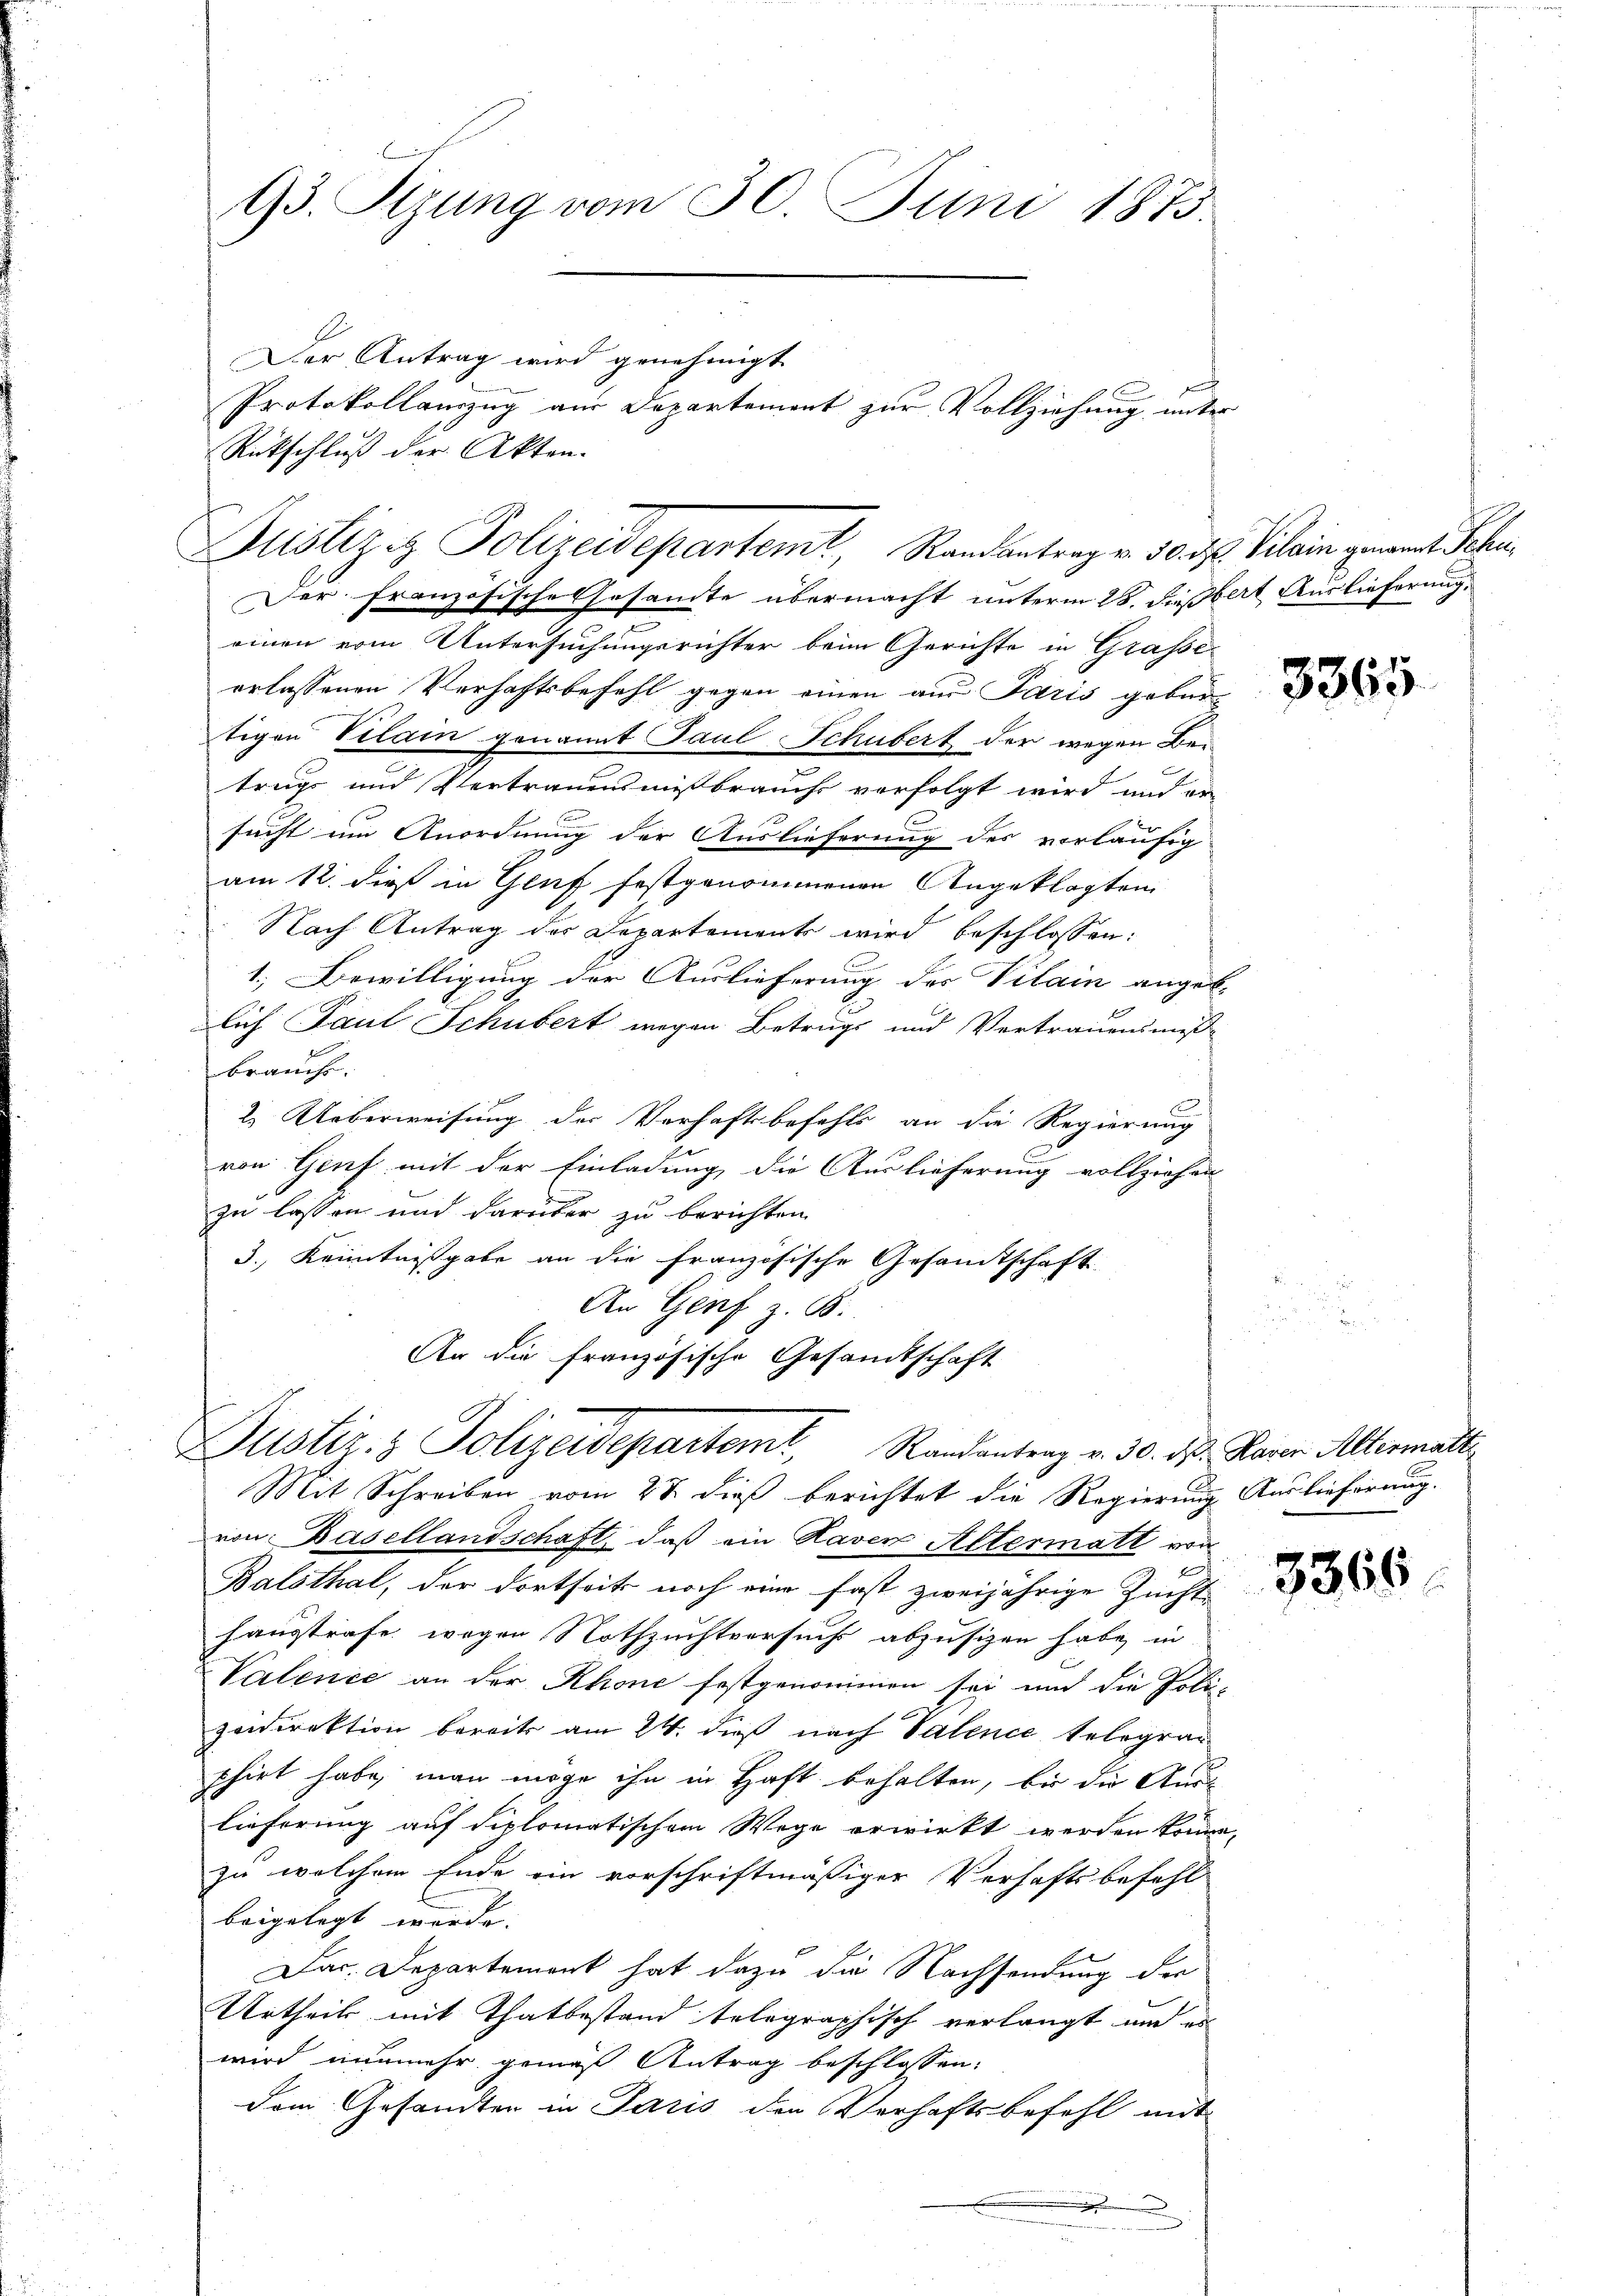
93. Sizung vom 30. Juni 1873.

Der Antrag wird genehmigt
Rückschluß der Akten.
Der französische Gesamte übermacht unterm 28. dießblit Auslieferung.
einen vom Untersuchungsrichter beim Gerichte in Grafse-
erlassenen Verhaftsbefehl gegen einen aus Paris gebür-
tigen Vilain genannt Paul Schubert der wegen Betrugs und Vertrauensmißbrauchs vorfolgt wird und er-
.
sucht im Anordnung der Auslieferung des vorläufig
am 12. dieß in Genf festgenommenen Angeklagten
Nach Antrag des Departements wird beschlossen:
1.; Bewilligung der Auslieferung des Vilain ange-
l
lich Paul Schubert wegen Betrugs und Vertrauensmis-
braucht.
2. Ueberweisung des Verhaftsbefehls an die Regierung
von Genf mit der Einladung die Auslieferung vollziehen
zu lassen und darüber zu berichten
3., Kenntnißgabe an die französische Gesandtschaft
An Genf z. B.
An die französische Gesandtschaft
Justiz & Polizeidepartemt, Randantrag v. 30. d. Kaser Altermalt,
Mit Schreiben vom 27. dieß berichtet die Regierung Auslieferung.
von Basellandschaft, daß ein Raver Altermatt von
2
Balsthal, der dortseit noch eine fast zweijährige Zucht-
hanstrafe wegen Nothzuchtversuchs abzusizen habe, in
Valence an der Rhone festgenommen sei und die Poli-
zeidirektion bereits am 24. dieß nach Valence belegran
phirt habe, man möge ihn in Haft behalten, bis die Aus-
lieferung auf diplomatischem Wege erwirkt werden könne.
zu welchem Ende ein vorschriftmäßiger Verhaftsbefehl
beigelegt werde.
Das. Departement hat dazu die Nachsendung der
Urtheils mit Thatbestand telegraphisch verlangt und es
wird nunmehr gemäß Antrag beschlossen:
dem Gesandten in Paris den Verhaftsbefehl mit
.

Justiziz Polizeidepartemt, Randantrag v. 30. d. Vilain genannt Sche

Protokollamzug aus Departement zur Vollziehung unter

E

3365

3366